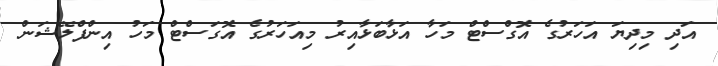
އަދި މިދިޔަ އަހަރުގެ އޮގްސްޓް މަހާ އަޅާބަޅާއިރު މިއަހަރުގެ އޮގަސްޓް މަހު އިންފްލޭޝަން